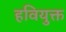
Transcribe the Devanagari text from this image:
हवियुक्त